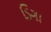
ડિગા